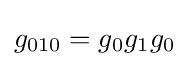
g_{010}=g_{0}g_{1}g_{0}